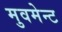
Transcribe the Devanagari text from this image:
मुवमेन्ट